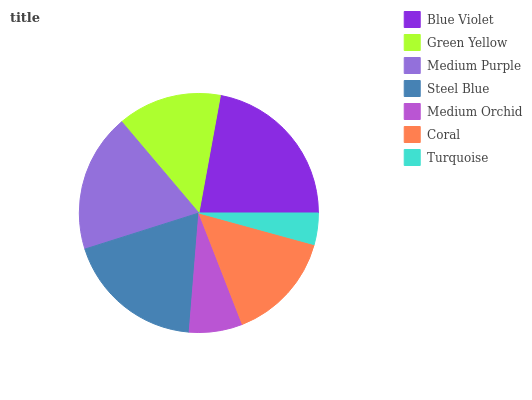
| Blue Violet | Green Yellow | Medium Purple | Steel Blue | Medium Orchid | Coral | Turquoise |
 | --- | --- | --- | --- | --- | --- | --- |
 | 22.1% | 14% | 18.8% | 18.8% | 7.21% | 14.8% | 4.26% |